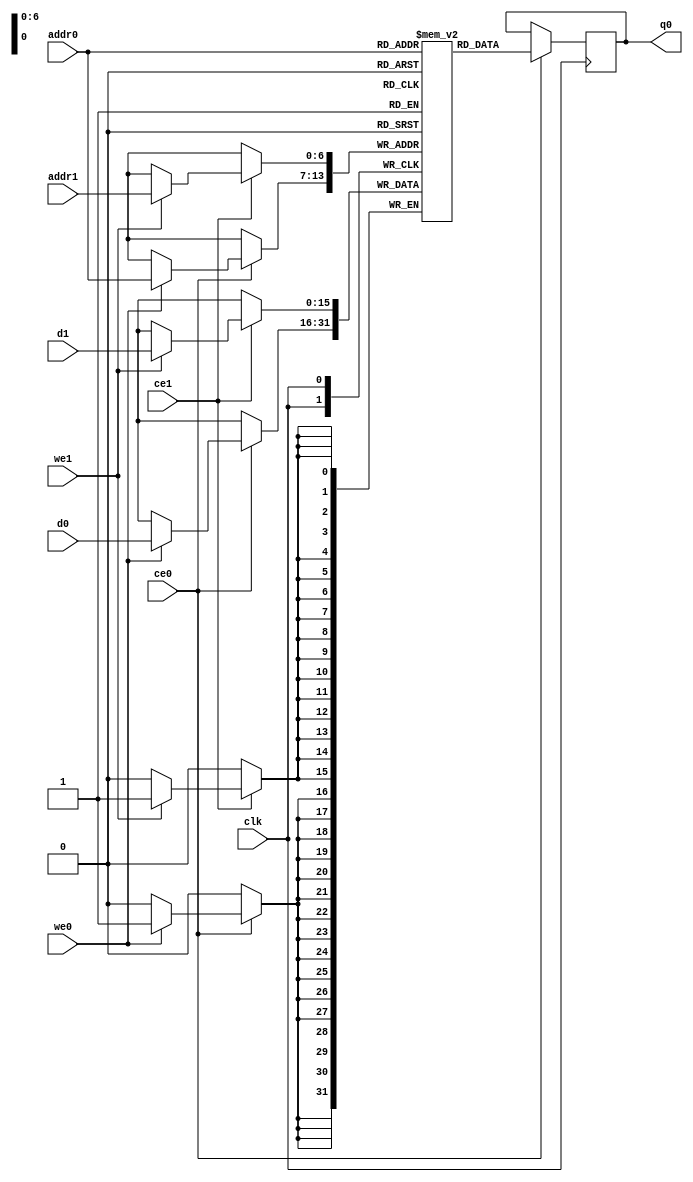
`define EXPONENT 5
`define MANTISSA 10
`define ACTUAL_MANTISSA 11
`define EXPONENT_LSB 10
`define EXPONENT_MSB 14
`define MANTISSA_LSB 0
`define MANTISSA_MSB 9
`define MANTISSA_MUL_SPLIT_LSB 3
`define MANTISSA_MUL_SPLIT_MSB 9
`define SIGN 1
`define SIGN_LOC 15
`define DWIDTH (`SIGN+`EXPONENT+`MANTISSA)
`define IEEE_COMPLIANCE 1

module td_fused_top_dataflow_in_loop_TOP_LOOP37644_ifmap_vec_0_0_memcore_ram (addr0, ce0, d0, we0, q0, addr1, ce1, d1, we1,  clk);

parameter DWIDTH = 16;
parameter AWIDTH = 7;
parameter MEM_SIZE = 128;

input[AWIDTH-1:0] addr0;
input ce0;
input[DWIDTH-1:0] d0;
input we0;
output reg[DWIDTH-1:0] q0;
input[AWIDTH-1:0] addr1;
input ce1;
input[DWIDTH-1:0] d1;
input we1;
input clk;

reg [DWIDTH-1:0] ram[MEM_SIZE-1:0];




always @(posedge clk)  
begin 
    if (ce0) begin
        if (we0) 
            ram[addr0] <= d0; 
        q0 <= ram[addr0];
    end
end


always @(posedge clk)  
begin 
    if (ce1) begin
        if (we1) 
            ram[addr1] <= d1; 
    end
end


endmodule